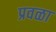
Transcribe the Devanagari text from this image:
प्रवळा